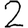
Digit: 2